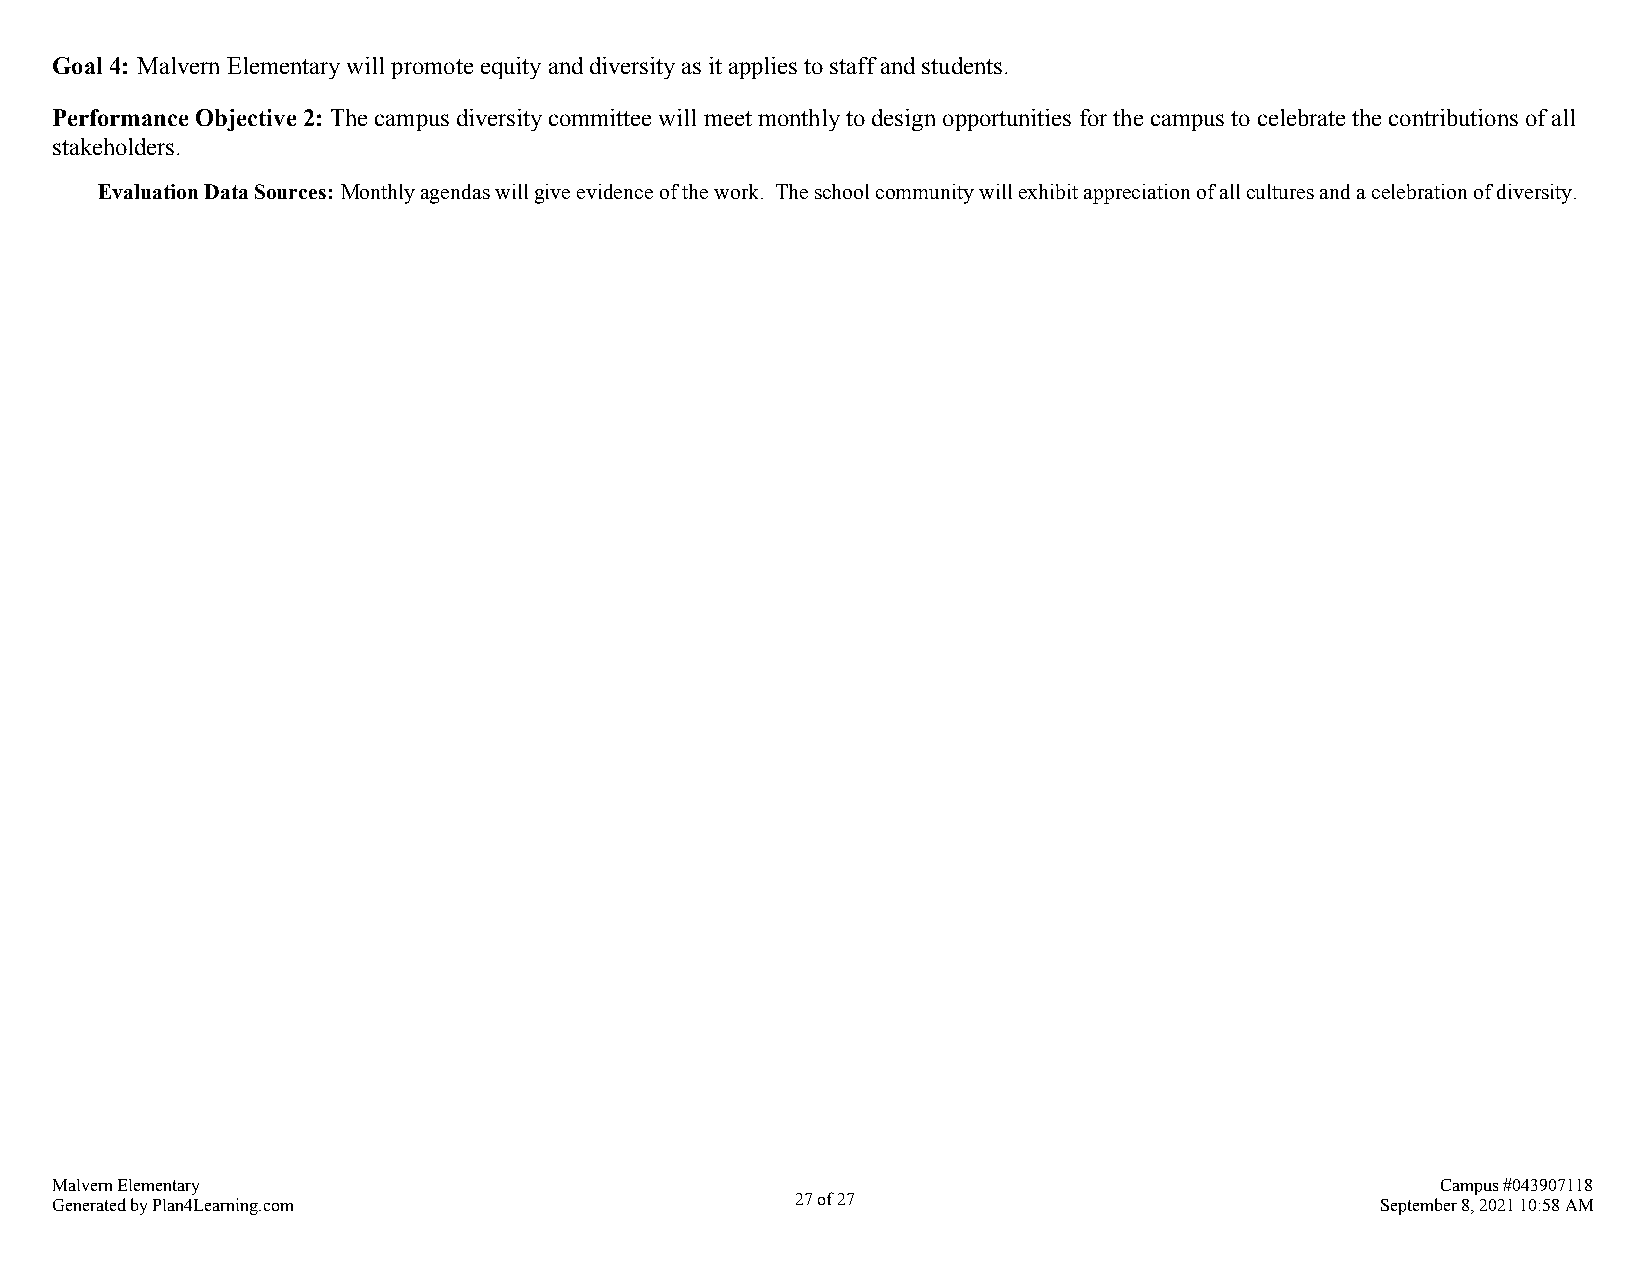
Goal 4: Malvern Elementary will promote equity and diversity as it applies to staff and students.
 Performance Objective 2: The campus diversity committee will meet monthly to design opportunities for the campus to celebrate the contributions of all
 stakeholders.
 Evaluation Data Sources: Monthly agendas will give evidence of the work. The school community will exhibit appreciation of all cultures and a celebration of diversity.
 Malvern Elementary                                                                          Campus #043907118
 Generated by Plan4Learning.com                    27 of 27                              September 8, 2021 10:58 AM